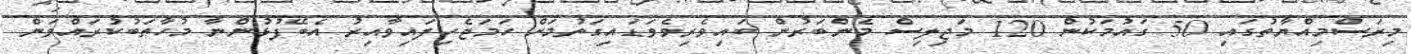
މިރަސްމިއްޔާތުގައި 50 ގައުމަކުން 120 މަޖިލިސް މެންބަރުން ބައިވެރިވެވަޑައިގަތުމަށް ހަމަޖެހިފައިވާއިރު އެބޭފުޅުންނާ މުހާތަބުކުރައްވަން